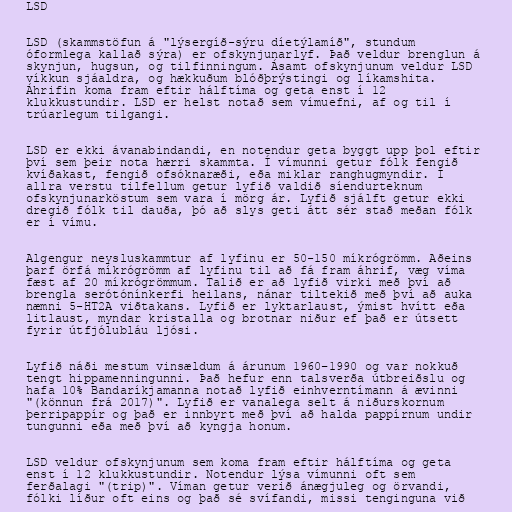
LSD

LSD (skammstöfun á "lýsergíð-sýru díetýlamíð", stundum
óformlega kallað sýra) er ofskynjunarlyf. Það veldur brenglun á
skynjun, hugsun, og tilfinningum. Ásamt ofskynjunum veldur LSD
víkkun sjáaldra, og hækkuðum blóðþrýstingi og líkamshita.
Áhrifin koma fram eftir hálftíma og geta enst í 12
klukkustundir. LSD er helst notað sem vímuefni, af og til í
trúarlegum tilgangi.

LSD er ekki ávanabindandi, en notendur geta byggt upp þol eftir
því sem þeir nota hærri skammta. Í vímunni getur fólk fengið
kvíðakast, fengið ofsóknaræði, eða miklar ranghugmyndir. Í
allra verstu tilfellum getur lyfið valdið síendurteknum
ofskynjunarköstum sem vara í mörg ár. Lyfið sjálft getur ekki
dregið fólk til dauða, þó að slys geti átt sér stað meðan fólk
er í vímu.

Algengur neysluskammtur af lyfinu er 50-150 míkrógrömm. Aðeins
þarf örfá míkrógrömm af lyfinu til að fá fram áhrif, væg víma
fæst af 20 míkrógrömmum. Talið er að lyfið virki með því að
brengla serótónínkerfi heilans, nánar tiltekið með því að auka
næmni 5-HT2A viðtakans. Lyfið er lyktarlaust, ýmist hvítt eða
litlaust, myndar kristalla og brotnar niður ef það er útsett
fyrir útfjólubláu ljósi.

Lyfið náði mestum vinsældum á árunum 1960–1990 og var nokkuð
tengt hippamenningunni. Það hefur enn talsverða útbreiðslu og
hafa 10% Bandaríkjamanna notað lyfið einhverntímann á ævinni
"(könnun frá 2017)". Lyfið er vanalega selt á niðurskornum
þerripappír og það er innbyrt með því að halda pappírnum undir
tungunni eða með því að kyngja honum.

LSD veldur ofskynjunum sem koma fram eftir hálftíma og geta
enst í 12 klukkustundir. Notendur lýsa vímunni oft sem
ferðalagi "(trip)". Víman getur verið ánægjuleg og örvandi,
fólki líður oft eins og það sé svífandi, missi tenginguna við